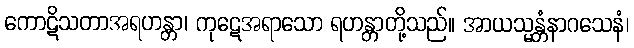
ကောဋိသတာအရဟန္တာ၊ ကုဋေအရာသော ရဟန္တာတို့သည်။ အာယသ္မန္တံနာဂသေနံ၊